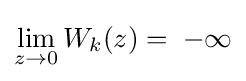
\lim \limits _{z\to 0}W_{k}(z)=\;-\infty